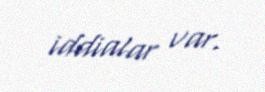
iddialar var.